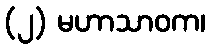
(၂) မဟာသာဝက၊